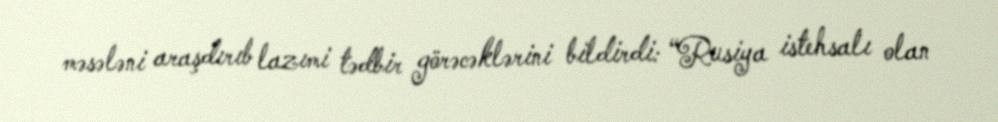
məsələni araşdırıb lazımi tədbir görəcəklərini bildirdi: “Rusiya istehsalı olan